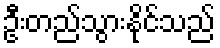
ဦးတည်သွားနိုင်သည်